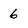
Character: 6